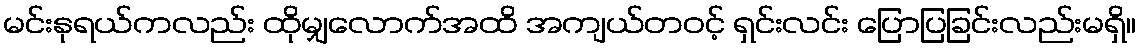
မင်းနုရယ်ကလည်း ထိုမျှလောက်အထိ အကျယ်တဝင့် ရှင်းလင်း ပြောပြခြင်းလည်းမရှိ။